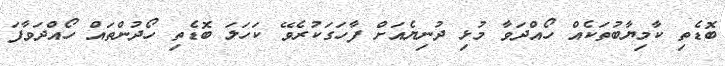
ބޮޑެތި ކާމިޔާބުތަކެއް ހޯއްދަވާ މުޅި ދުނިޔެއަށް ފާހަގަކުރެވޭ ކަހަލަ ބޮޑެތި ހޯދުންތައް ހޯއްދަވާފަ